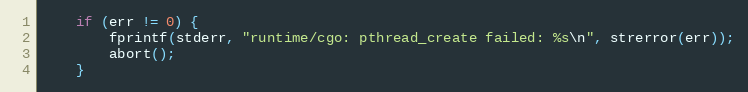
Language: C
	if (err != 0) {
		fprintf(stderr, "runtime/cgo: pthread_create failed: %s\n", strerror(err));
		abort();
	}